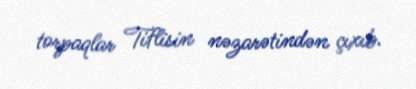
torpaqlar Tiflisin nəzarətindən çıxıb.